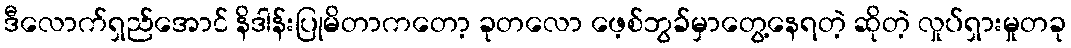
ဒီလောက်ရှည်အောင် နိဒါန်းပြုမိတာကတော့ ခုတလော ဖေ့စ်ဘွခ်မှာတွေ့နေရတဲ့ ဆိုတဲ့ လှုပ်ရှားမှုတခု